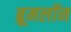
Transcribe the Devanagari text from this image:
ब्रूमलॉन